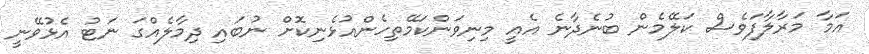
އަމާ މަރާލާފަވެސް ކަލޭމެން ބުނެދާނެ އެއީ މިނިވަންކަމޭތިހެންއުޅެނިކޮށް ނުބައި ދިމާލެއްގަ ނަޓު އެޅުވޭނީ